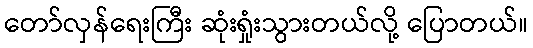
တော်လှန်ရေးကြီး ဆုံးရှုံးသွားတယ်လို့ ပြောတယ်။